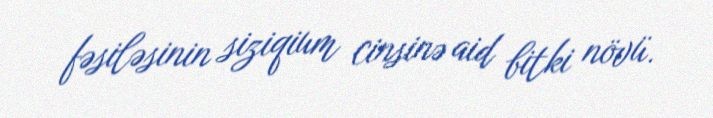
fəsiləsinin siziqium cinsinə aid bitki növü.